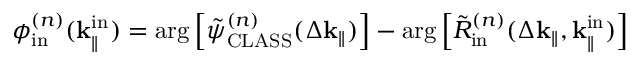
\phi _ { \mathrm { i n } } ^ { ( n ) } ( \mathbf { k } _ { \parallel } ^ { \mathrm { i n } } ) = \arg \left[ \Tilde { \psi } _ { \mathrm { C L A S S } } ^ { ( n ) } ( \Delta \mathbf { k } _ { \parallel } ) \right] - \arg \left[ \Tilde { R } _ { \mathrm { i n } } ^ { ( n ) } ( \Delta \mathbf { k } _ { \parallel } , \mathbf { k } _ { \parallel } ^ { \mathrm { i n } } ) \right]